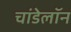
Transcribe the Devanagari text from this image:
चांडेलॉन